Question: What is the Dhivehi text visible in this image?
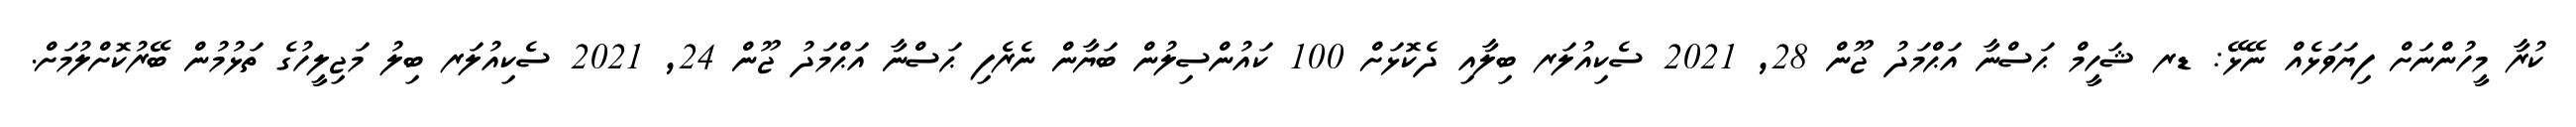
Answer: ކުރާ މީހުންނަށް ފިޔަވަޅެއް ނޭޅޭ: ޑރ ޝަހީމް ޙަސްނާ އަޙްމަދު ޖޫން 28, 2021 ސެކިއުލަރ ބިލާއި ދެކޮޅަށް 100 ކައުންސިލުން ބަޔާން ނެރެފި ޙަސްނާ އަޙްމަދު ޖޫން 24, 2021 ސެކިއުލަރ ބިލު މަޖިލީހުގެ ތަޅުމުން ބޭރުކޮށްލުމަށް.